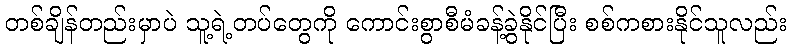
တစ်ချိန်တည်းမှာပဲ သူ့ရဲ့တပ်တွေကို ကောင်းစွာစီမံခန့်ခွဲနိုင်ပြီး စစ်ကစားနိုင်သူလည်း